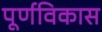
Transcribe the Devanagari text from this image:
पूर्णविकास